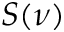
S ( \nu )